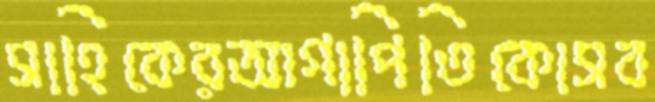
সাহিকেরআগাপিতিকোসব